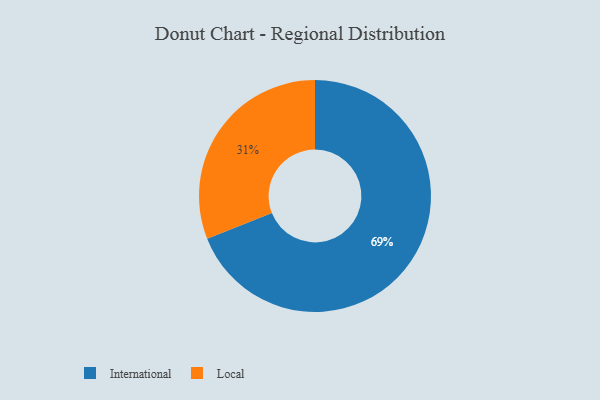
{"axis": {"x": "Category", "y": "Percentage"}, "legend": ["International", "Local"], "data": [{"x": "International", "y": 69, "type": "International"}, {"x": "Local", "y": 31, "type": "Local"}]}